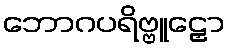
ဘောဂပရိဗ္ဗူဠှော